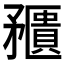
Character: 𥎛